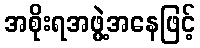
အစိုးရအဖွဲ့အနေဖြင့်